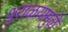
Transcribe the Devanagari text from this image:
धुराळयामुळे